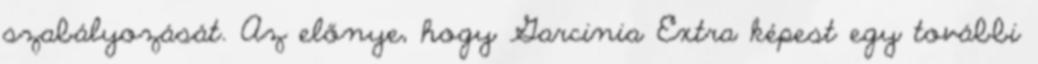
szabályozását. Az előnye, hogy Garcinia Extra képest egy további